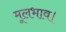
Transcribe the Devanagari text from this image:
मूलभाव।